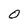
Character: 0